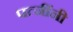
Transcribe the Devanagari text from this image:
पत्नींनी